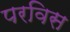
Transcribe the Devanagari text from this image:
परविस